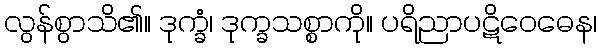
လွန်စွာသိ၏။ ဒုက္ခံ၊ ဒုက္ခသစ္စာကို။ ပရိညာပဋိဝေဓေန၊